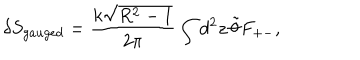
LaTeX: \delta S _ { g a u g e d } = \frac { k \sqrt { R ^ { 2 } - 1 } } { 2 \pi } \int d ^ { 2 } z \, \tilde { \theta } F _ { + - } ,